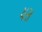
યસ